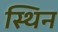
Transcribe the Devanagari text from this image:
स्थिन